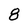
Character: 8